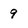
Character: 9